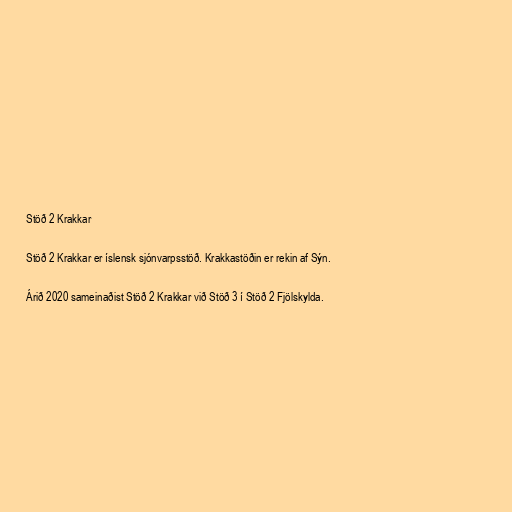
Stöð 2 Krakkar

Stöð 2 Krakkar er íslensk sjónvarpsstöð. Krakkastöðin er rekin af Sýn.

Árið 2020 sameinaðist Stöð 2 Krakkar við Stöð 3 í Stöð 2 Fjölskylda.